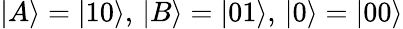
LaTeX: |A\rangle=|10\rangle,\, |B\rangle=|01\rangle,\, |0\rangle=|00\rangle